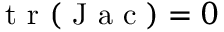
\mathrm { ~ t ~ r ~ } ( \mathrm { ~ J ~ a ~ c ~ } ) = 0